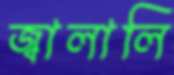
জ্বালালি